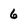
Character: 6